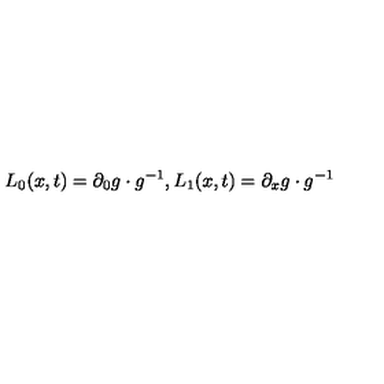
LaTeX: L _ { 0 } ( x , t ) = \partial _ { 0 } g \cdot g ^ { - 1 } , L _ { 1 } ( x , t ) = \partial _ { x } g \cdot g ^ { - 1 }